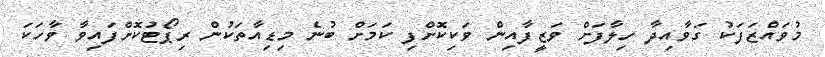
މުވައްޒަފަކު ގަވާއިދާ ހިލާފަށް ވަޒީފާއިން ވަކިކޮށްފި ކަމަށް ބުނެ މިޑިއާތަކުން ރިޕޯޓުކޮށްފައިވާ ވާހަކަ